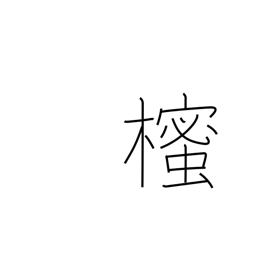
Meaning: Japanese star anise